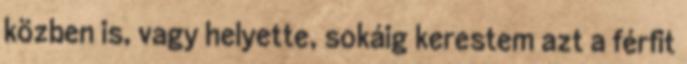
közben is, vagy helyette, sokáig kerestem azt a férfit